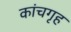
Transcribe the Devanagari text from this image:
कांचगृह